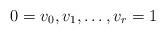
LaTeX: \begin{align*} 0=v_0, v_1, \ldots,v_r=1\end{align*}